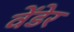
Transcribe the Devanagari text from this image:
वेंडेर